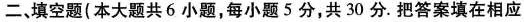
二、填空题(本大题共 6 小题，每小题 5 分，共 30 分. 把答案填在相应